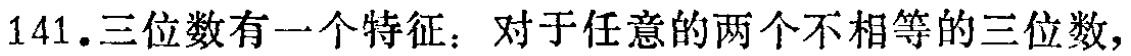
141.三位数有一个特征：对于任意的两个不相等的三位数，